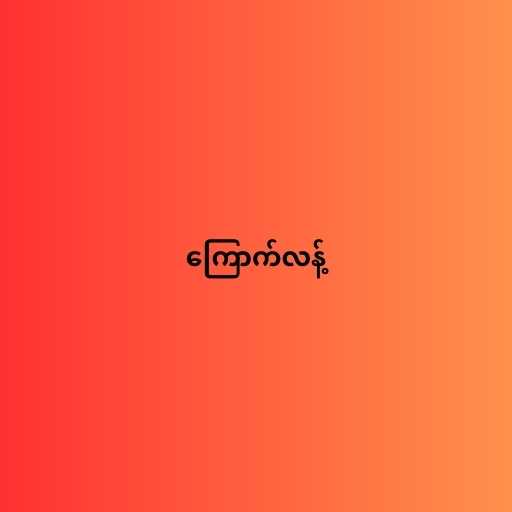
ကြောက်လန့်